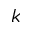
k